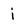
Character: j